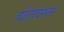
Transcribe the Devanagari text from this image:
बोटांवरून